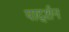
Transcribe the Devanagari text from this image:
पार्द्शन